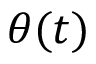
\theta ( t )